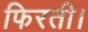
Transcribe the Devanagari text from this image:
फिरती।